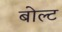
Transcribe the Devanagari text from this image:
बोल्‍ट